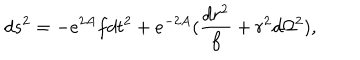
d s ^ { 2 } = - e ^ { 2 A } f d t ^ { 2 } + e ^ { - 2 A } ( { \frac { d r ^ { 2 } } { f } } + r ^ { 2 } d \Omega ^ { 2 } ) ,